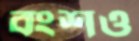
বংশও